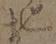
地